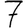
Digit: 7